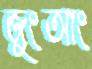
জুংআং